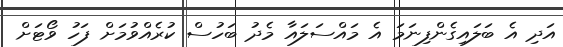
އަދި އެ ބަލައިގެންފިނަމަ އެ މައްސަލައާ މެދު ބަހުސް ކުރެއްވުމަށް ފަހު ވޯޓަށް